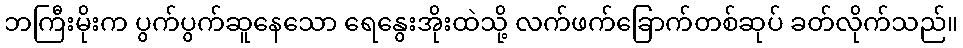
ဘကြီးမိုးက ပွက်ပွက်ဆူနေသော ရေနွေးအိုးထဲသို့ လက်ဖက်ခြောက်တစ်ဆုပ် ခတ်လိုက်သည်။